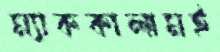
ম্যাককালামই